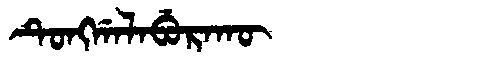
Manchu: ᡨᡠᠩᡤᠠᠯᠠᠪᡠᡵᠠᡴᡡ
Romanization: TUNGGALABURAKŪ